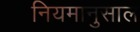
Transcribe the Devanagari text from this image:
नियमानुसाल